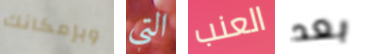
وبإمكانك التي العنب بعد